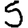
Digit: 5